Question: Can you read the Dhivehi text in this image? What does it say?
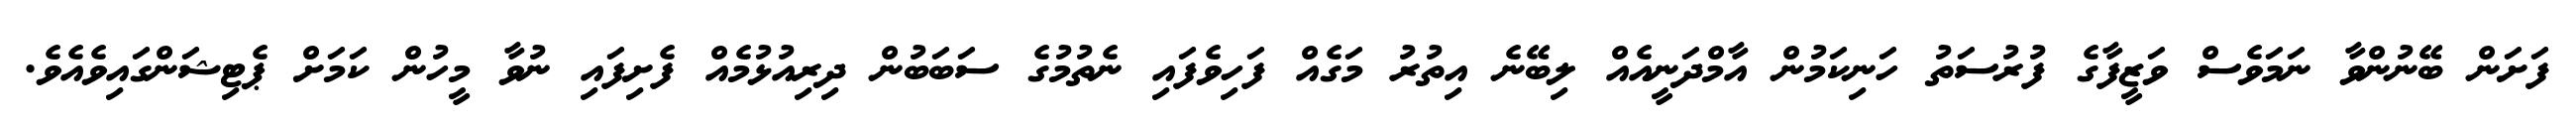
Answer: ފަށަން ބޭނުންވާ ނަމަވެސް ވަޒީފާގެ ފުރުސަތު ހަނިކަމުން އާމްދަނީއެއް ލިބޭނެ އިތުރު މަގެއް ފަހިވެފައި ނެތުމުގެ ސަބަބުން ދިރިއުޅުމެއް ފެށިފައި ނުވާ މީހުން ކަމަށް ޕެޓިޝަންގައިވެއެވެ.